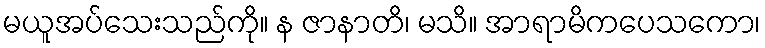
မယူအပ်သေးသည်ကို။ န ဇာနာတိ၊ မသိ။ အာရာမိကပေသကော၊